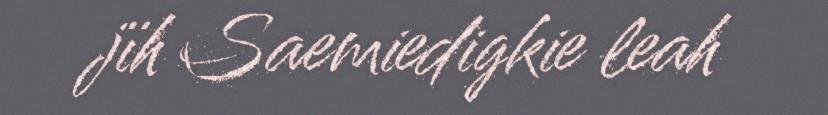
jïh Saemiedigkie leah